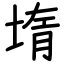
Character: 堶